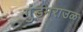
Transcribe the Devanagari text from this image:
गुंडमराउळ